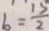
b = \frac { 1 5 } { 2 }